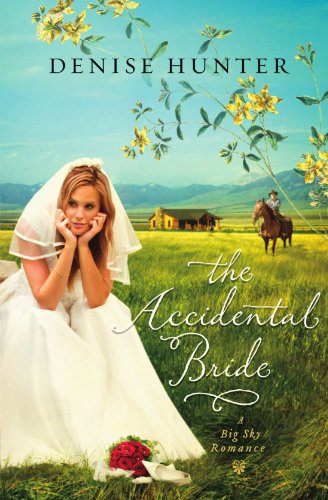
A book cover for The Accidental Bride (A Big Sky Romance); Denise Hunter; Christian Books & Bibles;